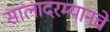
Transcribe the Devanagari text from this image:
सालादरम्यानचे